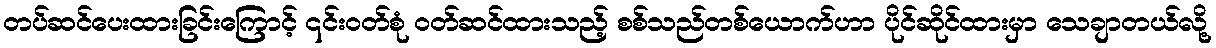
တပ်ဆင်ပေးထားခြင်းကြောင့် ၎င်းဝတ်စုံ ဝတ်ဆင်ထားသည့် စစ်သည်တစ်ယောက်ဟာ ပိုင်ဆိုင်ထားမှာ သေချာတယ်လို့